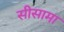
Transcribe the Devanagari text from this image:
सीसामा